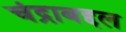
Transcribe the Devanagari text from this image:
चंद्राबद्दल